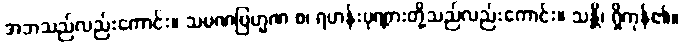
အဘသည်လည်းကောင်း။ သမဏဗြဟ္မဏ စ၊ ရဟန်းပုဏ္ဏားတို့သည်လည်းကောင်း။ သန္တိ၊ ရှိကုန်၏။